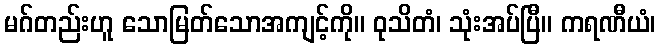
မဂ်တည်းဟူ သောမြတ်သောအကျင့်ကို။ ဝုသိတံ၊ သုံးအပ်ပြီ။ ကရဏီယံ၊